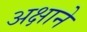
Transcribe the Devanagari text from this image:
अक्षाने